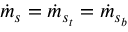
\dot { m } _ { s } = \dot { m } _ { s _ { t } } = \dot { m } _ { s _ { b } }